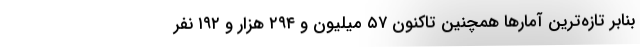
بنابر تازه‌ترین آمارها همچنین تاکنون ۵۷ میلیون و ۲۹۴ هزار و ۱۹۲ نفر